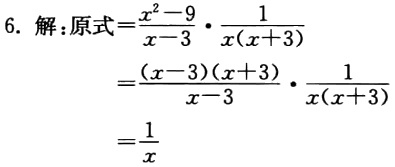
6. 解:原式\(=\frac{x^{2}-9}{x - 3}\cdot\frac{1}{x(x + 3)}\)
\(=\frac{(x - 3)(x + 3)}{x - 3}\cdot\frac{1}{x(x + 3)}\)
\(=\frac{1}{x}\)